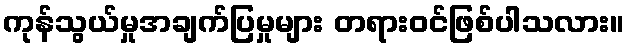
ကုန်သွယ်မှုအချက်ပြမှုများ တရားဝင်ဖြစ်ပါသလား။